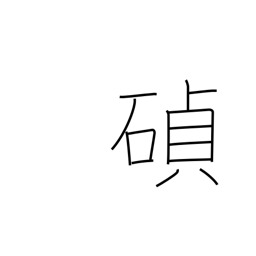
Meaning: cornerstone